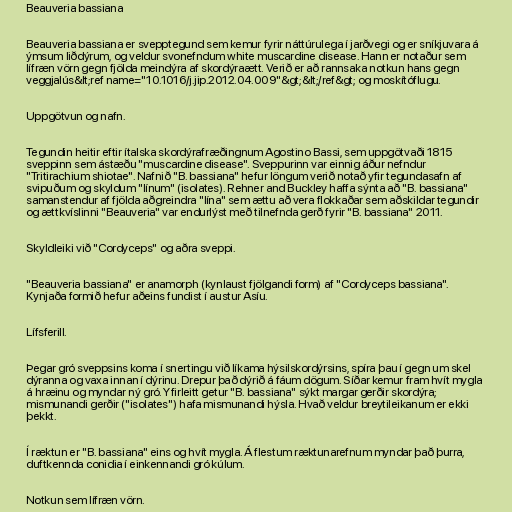
Beauveria bassiana

Beauveria bassiana er svepptegund sem kemur fyrir náttúrulega í jarðvegi og er sníkjuvara á
ýmsum liðdýrum, og veldur svonefndum white muscardine disease. Hann er notaður sem
lífræn vörn gegn fjölda meindýra af skordýraætt. Verið er að rannsaka notkun hans gegn
veggjalús&lt;ref name="10.1016/j.jip.2012.04.009"&gt;&lt;/ref&gt; og moskítóflugu.

Uppgötvun og nafn.

Tegundin heitir eftir ítalska skordýrafræðingnum Agostino Bassi, sem uppgötvaði 1815
sveppinn sem ástæðu "muscardine disease". Sveppurinn var einnig áður nefndur
"Tritirachium shiotae". Nafnið "B. bassiana" hefur löngum verið notað yfir tegundasafn af
svipuðum og skyldum "línum" (isolates). Rehner and Buckley haffa sýnta að "B. bassiana"
samanstendur af fjölda aðgreindra "lína" sem ættu að vera flokkaðar sem aðskildar tegundir
og ættkvíslinni "Beauveria" var endurlýst með tilnefnda gerð fyrir "B. bassiana" 2011.

Skyldleiki við "Cordyceps" og aðra sveppi.

"Beauveria bassiana" er anamorph (kynlaust fjölgandi form) af "Cordyceps bassiana".
Kynjaða formið hefur aðeins fundist í austur Asíu.

Lífsferill.

Þegar gró sveppsins koma í snertingu við líkama hýsilskordýrsins, spíra þau í gegn um skel
dýranna og vaxa innan í dýrinu. Drepur það dýrið á fáum dögum. Síðar kemur fram hvít mygla
á hræinu og myndar ný gró. Yfirleitt getur "B. bassiana" sýkt margar gerðir skordýra;
mismunandi gerðir ("isolates") hafa mismunandi hýsla. Hvað veldur breytileikanum er ekki
þekkt.

Í ræktun er "B. bassiana" eins og hvít mygla. Á flestum ræktunarefnum myndar það þurra,
duftkennda conidia í einkennandi gró kúlum.

Notkun sem lífræn vörn.